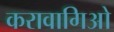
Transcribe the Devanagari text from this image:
करावागिओ